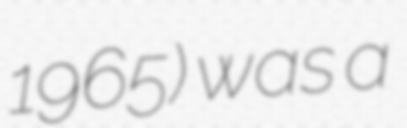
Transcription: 1965) was a